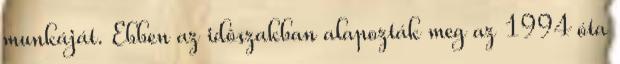
munkáját. Ebben az idôszakban alapozták meg az 1994 óta